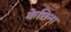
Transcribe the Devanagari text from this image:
केछिन्ग